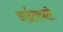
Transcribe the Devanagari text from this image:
आर्द्रतावाले